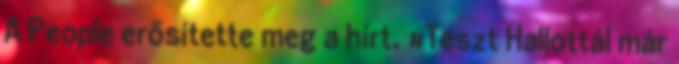
A People erősítette meg a hírt. #Teszt Hallottál már